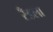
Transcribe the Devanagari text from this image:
रँडला